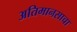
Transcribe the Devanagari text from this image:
अतिमानसाचा